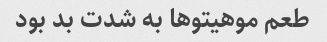
طعم موهیتو‌ها به شدت بد بود